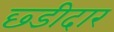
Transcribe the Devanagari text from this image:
छ्डीदार